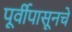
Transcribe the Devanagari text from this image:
पूर्वीपासूनचे